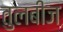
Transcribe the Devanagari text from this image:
तुलबीज